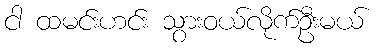
ငါ ထမင်းဟင်း သွားဝယ်လိုက်ဦးမယ်